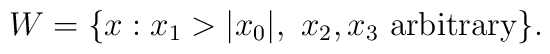
W = \{ x : x_1 > |x_0|, \ x_2, x_3 \ \mbox{arbitrary} \}.